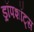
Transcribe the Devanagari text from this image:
ड्रॉपशॉट्स